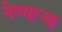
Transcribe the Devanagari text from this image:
नेण्यार्‍या